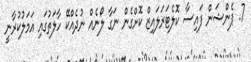
7. ޕެންޝަން ފައިސާ ކޮލެޓަރަލައިޒް ކޮށްގެން ނަގާ ލޯނެއް ނުދެއްކޭ ހާލަތުގައި އަމަލުކުރާނީ